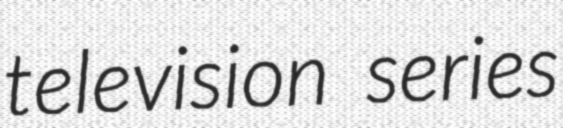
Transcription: television series